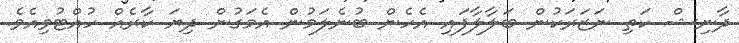
ދާނިޝް ކަތި ނަޒަރަކުން ބަލާލާފައި އެހެން ބުނެލަމުން އެމަގުން ދިޔަ ކާރެއް ހުއްޓުވިއެވެ.